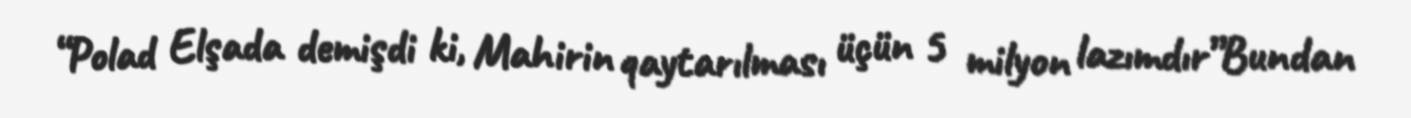
“Polad Elşada demişdi ki, Mahirin qaytarılması üçün 5 milyon lazımdır”Bundan